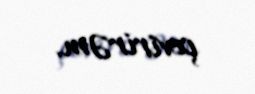
çevirirəm.